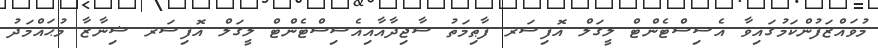
މުވައްޒަފުންކަމުގައިވާ އެސިސްޓެންޓް ލީގަލް އޮފިސަރ ފާޠިމަތު ސާޖިދާއާއިއެސިސްޓެންޓް ލީގަލް އޮފިސަރ ޝިނާޒާ މުޙައްމަދު